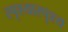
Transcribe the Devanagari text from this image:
स्पृश्‍यास्पृश्‍य